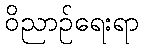
ဝိညာဉ်ရေးရာ